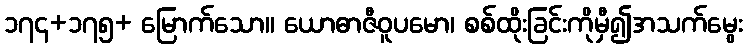
၁၇၄+၁၇၅+ မြောက်သော။ ယောဓာဇီဝူပမော၊ စစ်ထိုးခြင်းကိုမှီ၍အသက်မွေး